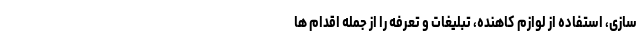
‌سازی، استفاده از لوازم کاهنده، تبلیغات و تعرفه را از جمله اقدام ها